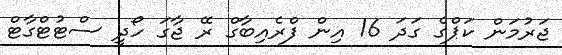
ޖަރުމަން ކަޕްގެ ގަދަ 16 އިން ފްރެއިބާގް ރޭ ޖާގަ ހޯދީ ސްޓުޓްގާޓް